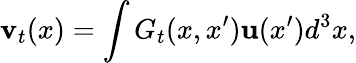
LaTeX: \textbf{v}_{t}(x)=\int G_{t}(x,x^{\prime})\textbf{u}(x^{\prime})d^{3}x,